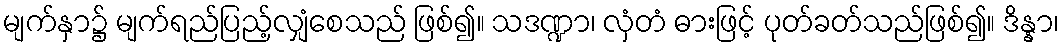
မျက်နှာ၌ မျက်ရည်ပြည့်လျှံစေသည် ဖြစ်၍။ သဒဏ္ဍာ၊ လှံတံ ဓားဖြင့် ပုတ်ခတ်သည်ဖြစ်၍။ ဒိန္နာ၊